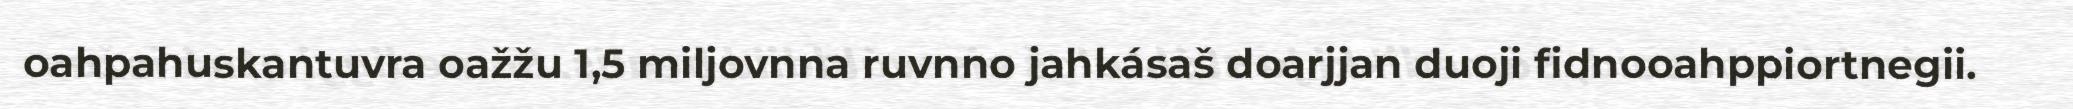
oahpahuskantuvra oažžu 1,5 miljovnna ruvnno jahkásaš doarjjan duoji fidnooahppiortnegii.